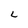
Character: L